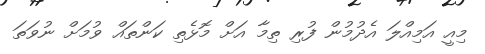
މިއީ އަމިއްލަ އެދުމުން ފުރި ތިމާ އަށް މޮޅެތި ކަންތައް ވުމަށް ނުވަތަ